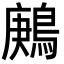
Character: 鶊